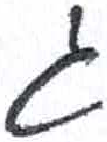
אות: ג